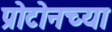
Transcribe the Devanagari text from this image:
प्रोटोनच्या